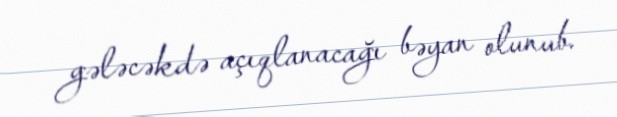
gələcəkdə açıqlanacağı bəyan olunub.